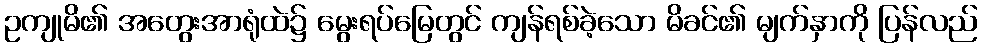
ဥကျုမိ၏ အတွေးအာရုံထဲ၌ မွေးရပ်မြေတွင် ကျန်ရစ်ခဲ့သော မိခင်၏ မျက်နှာကို ပြန်လည်